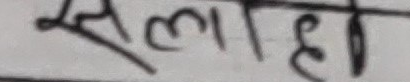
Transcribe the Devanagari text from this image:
सलाह